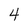
Character: 4